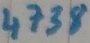
Text: 4738